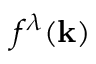
f ^ { \lambda } ( \mathbf { k } )